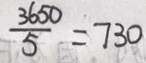
\frac { 3 6 5 0 } { 5 } = 7 3 0